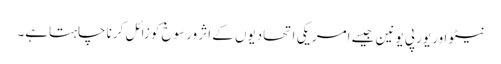
نیٹو اور یورپی یونین جیسے امریکی اتحادیوں کے اثر ورسوخ کوزائل کرنا چاہتاہے۔